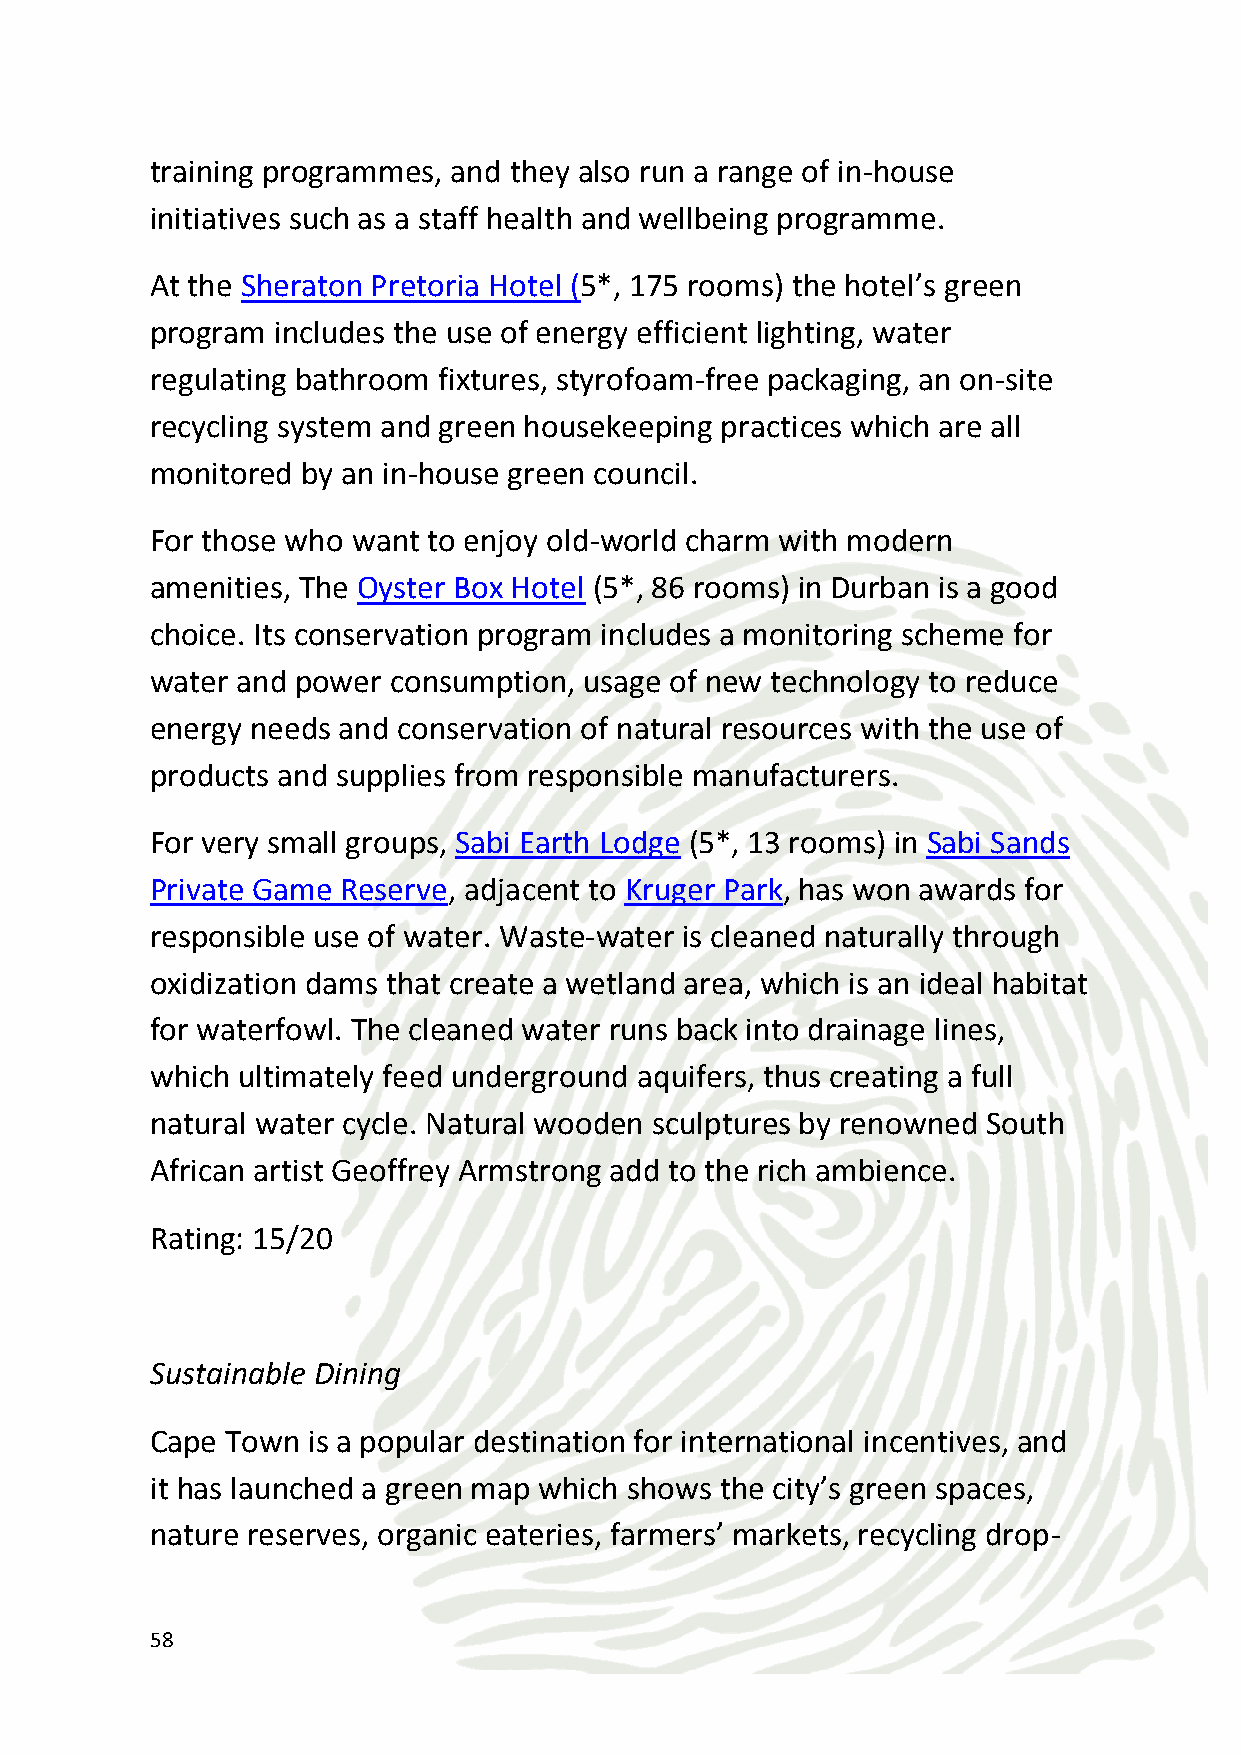
off points, sustainable living projects, eco-products and other green
 choices.
 The restaurant at Cape Town’s Hotel Verde sources its produce and
 ingredients no more than 100 miles (160 kilometres) from the hotel
 to reduce carbon emissions.
 The Vineyard Hotel uses organic ingredients, supplies organic and
 Fair Trade wine and participates in the South African Sustainable
 Seafood Initiative.
 Rating: 13/20
 Green meeting facilities
 In 2013 The Vineyard Hotel in Cape Town installed over $100,000
 worth of energy saving LED lights in its rooms, restaurants and
 conferencing venue. They also purchase locally generated wind-
 driven energy certificates and their solar panel pilot project will
 reduce emission impacts by over 41 tonnes. Furthermore, paper and
 pencils all have recycled content, whiteboards are used, natural
 lighting and ventilation is used where appropriate, and a multi-bin
 system is used in the venue and back of house.
 The Fairmont Zimbali Resort and Fairmont Zimbali Lodge (5*, 154
 rooms) has a paperless booking service, eco-friendly food options
 using locally sourced organic ingredients, facilities with energy
 efficient appliances and recycling equipment, reusable dinnerware
 and table linens and many others. The service even offers an option
 to engage in various community improvement and outreach
 activities.
 The Intercontinental Hotel Group’s Intercontinental Johannesburg
 offers recycled flip charts, recycling bins at the event venue, meals
 59